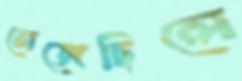
সেজেছিলে